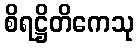
စိရဋ္ဌိတိကေသု